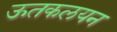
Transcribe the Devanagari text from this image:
ऊतकलयन